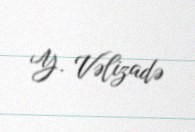
Y. Vəlizadə